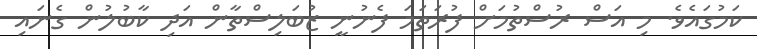
ކަމުގައެވެ. މި އަސް ރުސްތުމަށް ފުރަތަމަ ފެނުނީ ޒުބަލިސްތާން އަދި ކާބުލުން ގެނައި